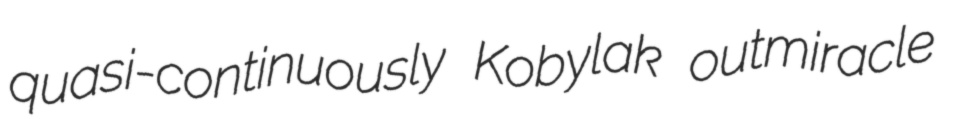
quasi-continuously Kobylak outmiracle